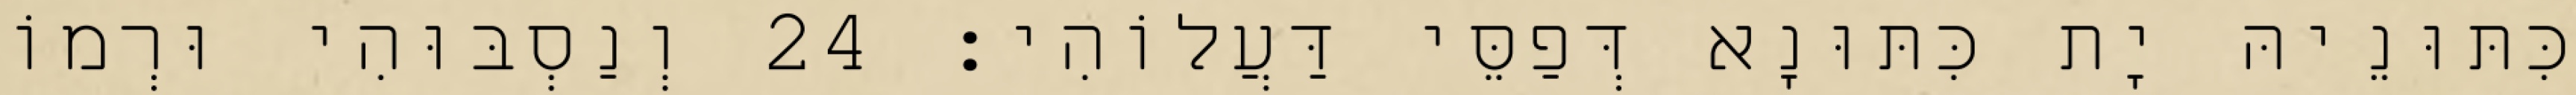
כִּתּוּנֵיהּ יָת כִּתּוּנָא דְּפַסֵּי דַּעֲלוֹהִי׃ 24 וְנַסְבּוּהִי וּרְמוֹ